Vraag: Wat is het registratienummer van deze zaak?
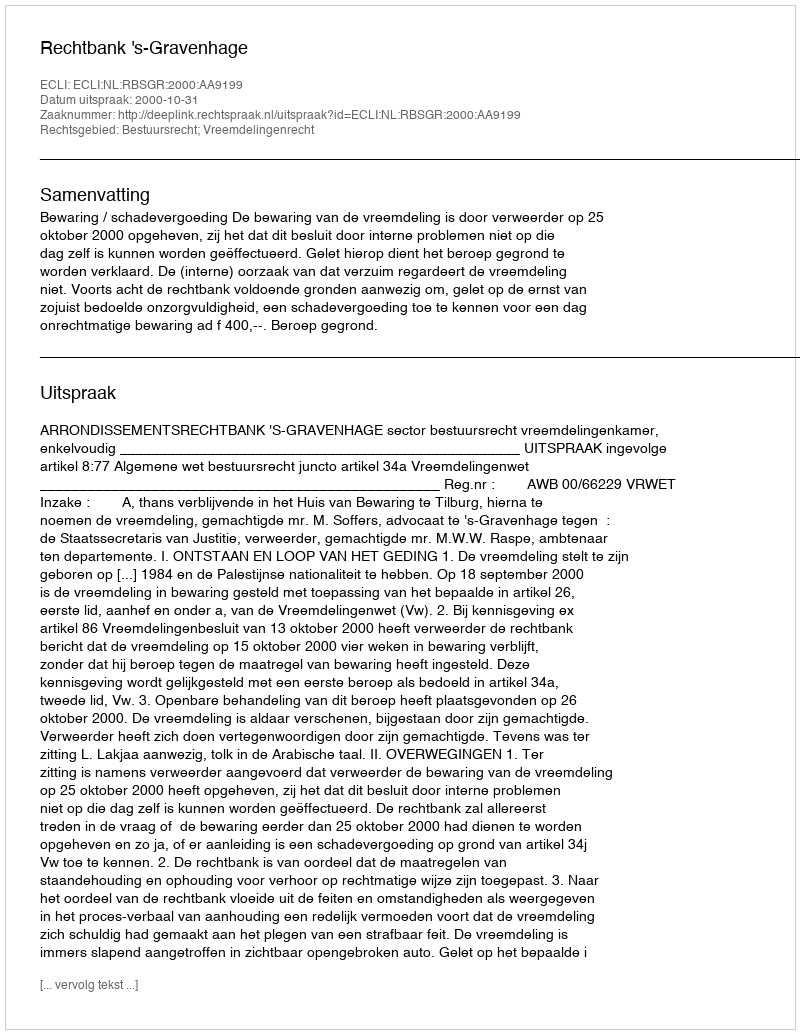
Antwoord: http://deeplink.rechtspraak.nl/uitspraak?id=ECLI:NL:RBSGR:2000:AA9199